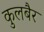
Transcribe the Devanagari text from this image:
कुलबैर